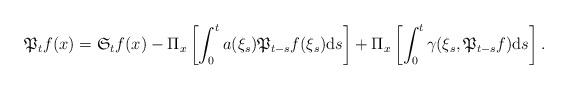
LaTeX: \begin{align*}\mathfrak{P}_{t}f(x)&=\mathfrak{S}_{t}f(x)-\Pi_{x}\left[\int_{0}^{t}a(\xi_{s})\mathfrak{P}_{t-s}f(\xi_{s}){\rm d}s\right]+\Pi_{x}\left[\int_{0}^{t}\gamma(\xi_{s},\mathfrak{P}_{t-s}f){\rm d}s\right].\end{align*}